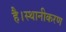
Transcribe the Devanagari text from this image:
है।स्थानीकरण